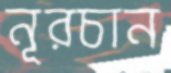
নূরচান